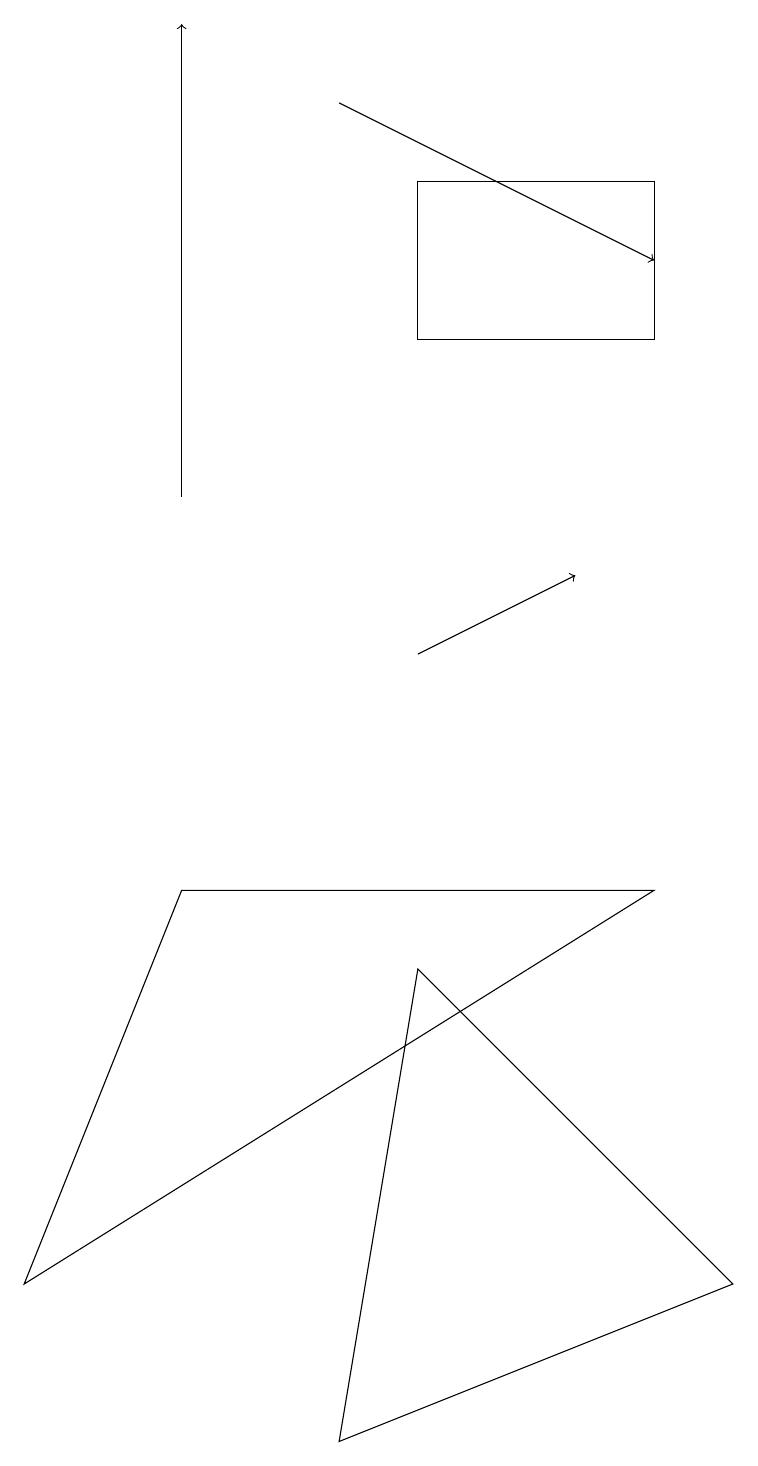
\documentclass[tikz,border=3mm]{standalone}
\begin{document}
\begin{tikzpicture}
\draw (9,3) -- (5,7) -- (4,1) -- cycle;
\draw[->] (2,13) -- (2,19);
\draw (8,15) rectangle (5,17);
\draw (2,8) -- (0,3) -- (8,8) -- cycle;
\draw[->] (4,18) -- (8,16);
\draw[->] (5,11) -- (7,12);
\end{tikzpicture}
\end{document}